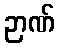
ဉာဏ်